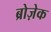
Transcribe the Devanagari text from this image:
ब्रोज़ेक